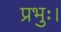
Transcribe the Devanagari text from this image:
प्रभुः।